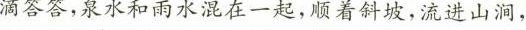
滴答答，泉水和雨水混在一起，顺着斜坡，流进山涧，